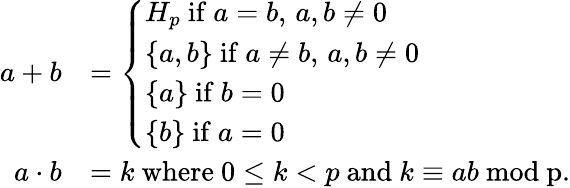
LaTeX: \begin{array}{rl}{a+b}&{=\left\{ \begin{array}{ll}{H_{p}\mathrm{~if~}a=b,\, a,b\ne 0}\\ {\{ a,b\} \mathrm{~if~}a\ne b,\, a,b\ne 0}\\ {\{ a\} \mathrm{~if~}b=0}\\ {\{ b\} \mathrm{~if~}a=0}\end{array}\right.}\\ {a\cdot b}&{=k\mathrm{~where~}0\le k<p\mathrm{~and~}k\equiv ab\mathrm{~mod~p}.}\end{array}